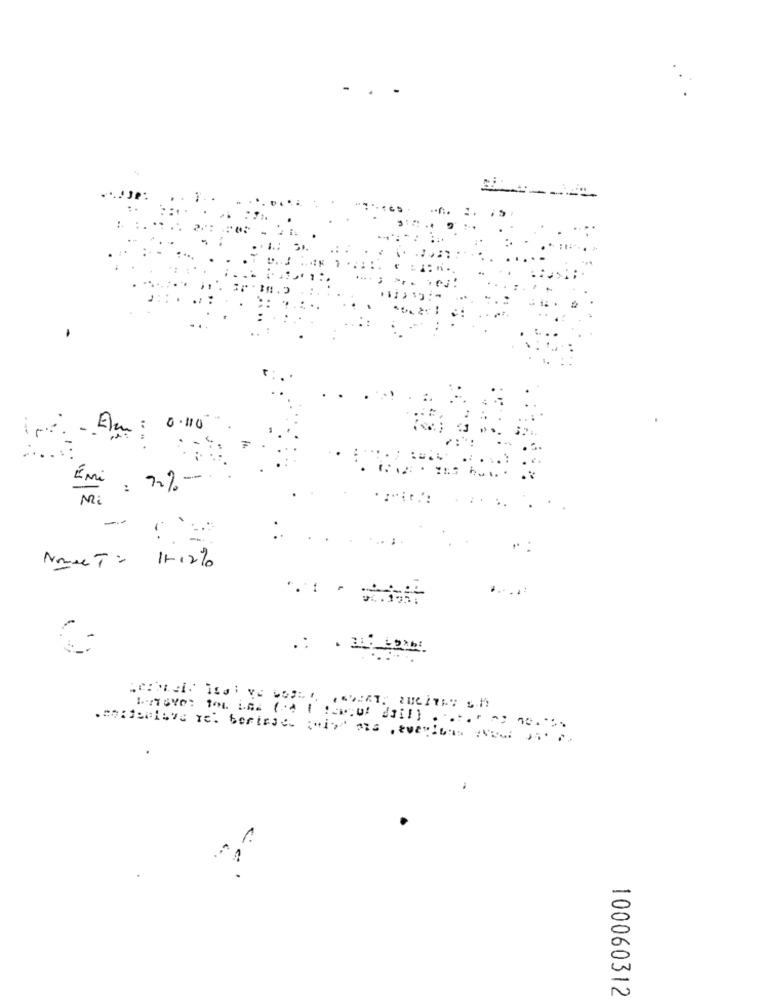
..
ip -Am : 0.110
Émi : 72%
Mi
Nomee T: 1112%
100060312